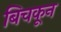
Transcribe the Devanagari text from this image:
बिचकून